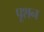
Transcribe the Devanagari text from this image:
पूशन